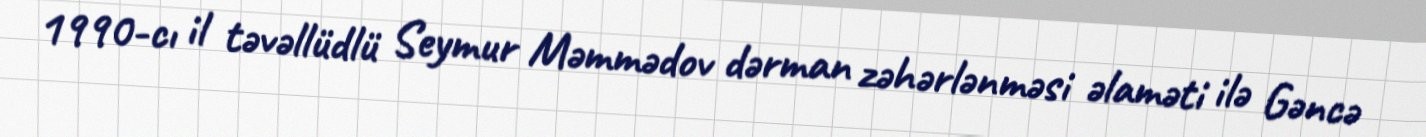
1990-cı il təvəllüdlü Seymur Məmmədov dərman zəhərlənməsi əlaməti ilə Gəncə